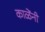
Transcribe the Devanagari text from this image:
काळेंनी